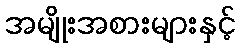
အမျိုးအစားများနှင့်